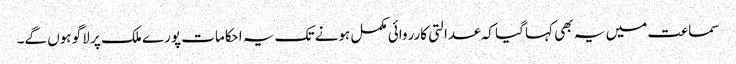
سماعت میں یہ بھی کہا گیا کہ عدالتی کارروائی مکمل ہونے تک یہ احکامات پورے ملک پر لاگو ہوں گے۔